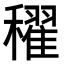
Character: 𥣞